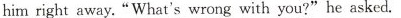
him right away."What's wrong with you?"he asked.